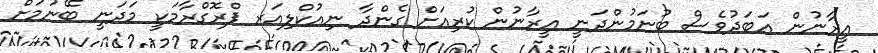
އީރާނުން އަބަދުވެސް ބުނަމުންދަނީ އީރާނުން ކުރިއަށް ގެންދާ ނިއުކްލިއަރ ޕްރޮގްރާމަކީ މަދަނީ ބޭނުމަށް